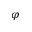
\varphi